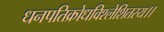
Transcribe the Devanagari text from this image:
धनपतिक्रोधविश्लेशितस्य।।